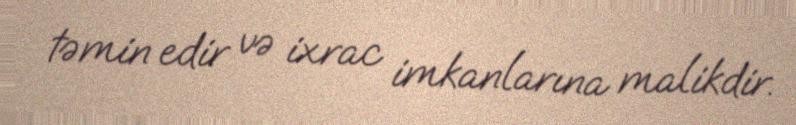
təmin edir və ixrac imkanlarına malikdir.